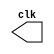
//Criao do mdulo de clock para o sistema
module Clks (
    output reg clk
);
    always @* begin
        #1 //Local para setar o clock (O clk vai ser de x segundos para cada sinal)
        clk <= ~clk; //Aps x segundos, o valor do clock vai ser invertido
    end
    initial begin
        clk <= 0; // Inicializa o reg do clk como 0 para ter um valor inicial para o clock
    end
endmodule



//Este ser o mdulo de codificao das entradas
//Ele vai receber 4 entradas, um sinal de reset e um de ready e vai retornar os valores codificados para cada bit
module mod_Saidas (
    input A, B, C, D, reset, ready,
    output reg S3, S2, S1, S0
);

//Tabelas verdade relacionadas ao grupo 30 (O nosso):
//s3 = CD + A'B'C' + A'BC + AB'C
//s2 = A'C + BC + A'BD' + AB'C'D'
//s1 = A'B'D' + B'C'D' + A'CD + B'CD + BC'D
//s0 = C'D' + A'B'D + ABD

    always @* begin
        // Logica de atribuicao normal
        if (ready) begin
            S3 = ((C&D)|(~A&~B&~C)|(~A&B&C)|(A&~B&C));
            S2 = ((~A&C)|(B&C)|(~A&B&~D)|(A&~B&~C&~D));
            S1 = ((~A&~B&~D)|(~B&~C&~D)|(~A&C&D)|(~B&C&D)|(B&~C&D));
            S0 = ((~C&~D)|(~A&~B&D)|(A&B&D));
        end else begin
            // Logica de atribuicao para estado inicial quando ready nao esta ativo
            S3 = 1'b0;
            S2 = 1'b0;
            S1 = 1'b0;
            S0 = 1'b0;
        end
    end

    // Logica de reset para zerar saidas quando o sinal de reset e acionado
    always @(posedge reset) begin
        if (reset) begin
            S3 <= 1'b0;
            S2 <= 1'b0;
            S1 <= 1'b0;
            S0 <= 1'b0;
            
        end
    end

endmodule




//Modulo responsvel pela lgica do Display 
//Recebe o clock do sistema (para atualizar o display), um sinal de reset e de ready
//Uma entrada de um bit e a sada de 7 bits (para o display de 7 segmentos)
module Display(
    input clk, reset, ready,
    input entrada,
    output reg [6:0] display
);

always @(clk or posedge reset) begin // Inicia o lao always para verificar sempre que o clock atualiza ou o reset  ativado
    if (reset) begin
        display = 7'b0000000;        // Se o reset for ativado o display ser desligado at o reset ser desligado
    end
    else if (ready) begin            // Caso contrrio, quando o ready estiver ativo, ele verifica se a entrada  0 ou 1
        case (entrada)
            1'b0: display = 7'b0111111; // Se for 0, o display liga os segmentos relacionados ao 0: A, B, C, D, E, F
            1'b1: display = 7'b0000110; // Se for 1, o display liga os segmentos relacionados ao 1: B, C
        endcase
    end
end

endmodule